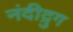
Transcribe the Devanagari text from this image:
नंदीद्रुग